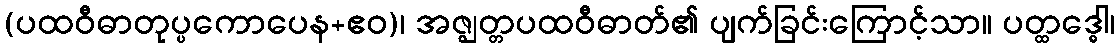
(ပထဝီဓာတုပ္ပကောပေန+ဧဝ)၊ အဇ္ဈတ္တပထဝီဓာတ်၏ ပျက်ခြင်းကြောင့်သာ။ ပတ္ထဒ္ဓေါ၊